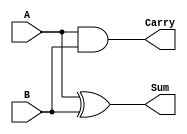
module HalfAdder (
    input wire A,    // First input bit
    input wire B,    // Second input bit
    output wire Sum, // Sum output
    output wire Carry // Carry output
);

// Assigning Output Logic
assign Sum = A ^ B;   // Sum = A XOR B
assign Carry = A & B; // Carry = A AND B

endmodule